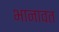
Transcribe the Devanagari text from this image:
भानावत